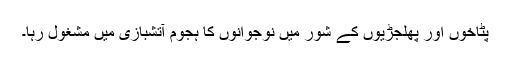
پٹاخوں اور پھلجڑیوں کے شور میں نوجوانوں کا ہجوم آتشبازی میں مشغول رہا۔